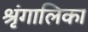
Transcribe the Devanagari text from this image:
श्रृंगालिका